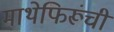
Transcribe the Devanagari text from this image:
माथेफिरूंची